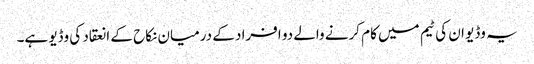
یہ وڈیو ان کی ٹیم میں کام کرنے والے دو افراد کے درمیان نکاح کے انعقاد کی وڈیو ہے۔